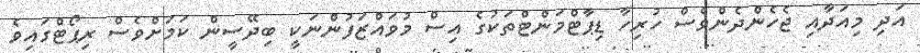
އަދި މިއަދާއި ޖެހެންދެންވެސް ހުރިހާ ޑިޕާޓްމަންޓްތަކުގެ އިސް މުވައްޒަފުންނަކީ ބިދޭސީން ކަމަށްވެސް ރިޕޯޓްގައިވެ